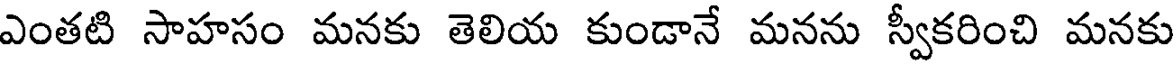
ఎంతటి సాహసం మనకు తెలియ కుండానే మనను స్వీకరించి మనకు